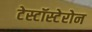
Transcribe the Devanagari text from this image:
टेस्टॉस्टेरोन